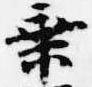
乗